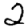
Digit: 2